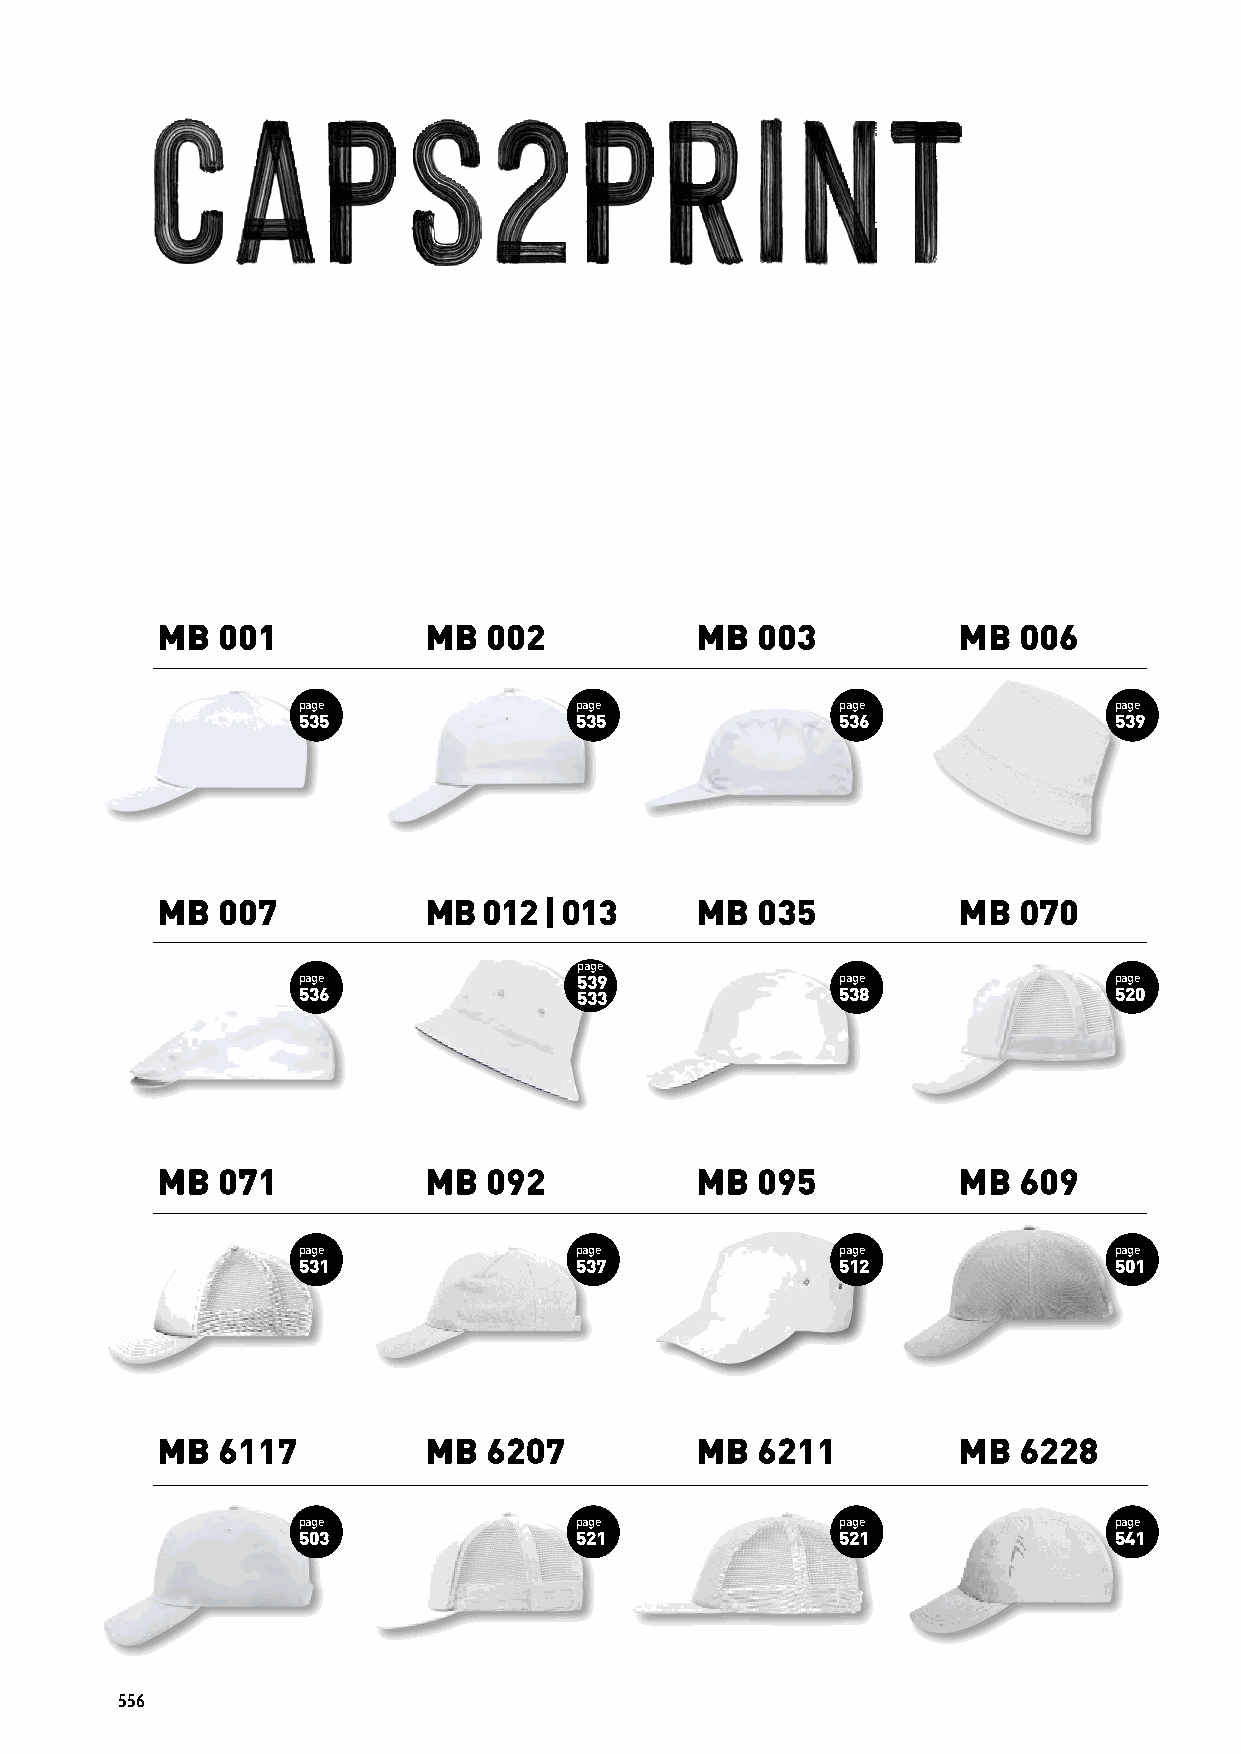
page            page
 page              page              page              page                     50              51               page               page
 535               535               536               539                      495             495              506                522
 page
 page              539               page              page                    page              page            page               page
 536               533               538               520                     544               504             545                519
 p 5a 3ge 1        p 5a 3ge 7        p 5a 1ge 2        p 5a 0ge 1              p 5a 3ge 8        p 5a 1ge 2      p 5a 4ge 5         p 4a 7ge 2
 528
 page              page              page              page                    page              page              page              page
 503               521               521               541                     522               532               533               501
 556